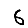
Digit: 6